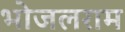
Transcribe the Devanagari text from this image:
भोजलराम